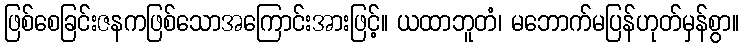
ဖြစ်စေခြင်းဇနကဖြစ်သောအကြောင်းအားဖြင့်။ ယထာဘူတံ၊ မဘောက်မပြန်ဟုတ်မှန်စွာ။